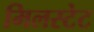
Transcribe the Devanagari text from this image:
मिलस्टेट